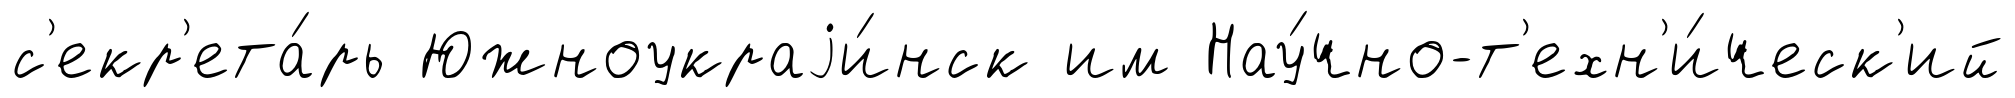
с'екр'ета́рь Южноукраjи́нск им Нау́чно-т'ехн'и́ческ'ий